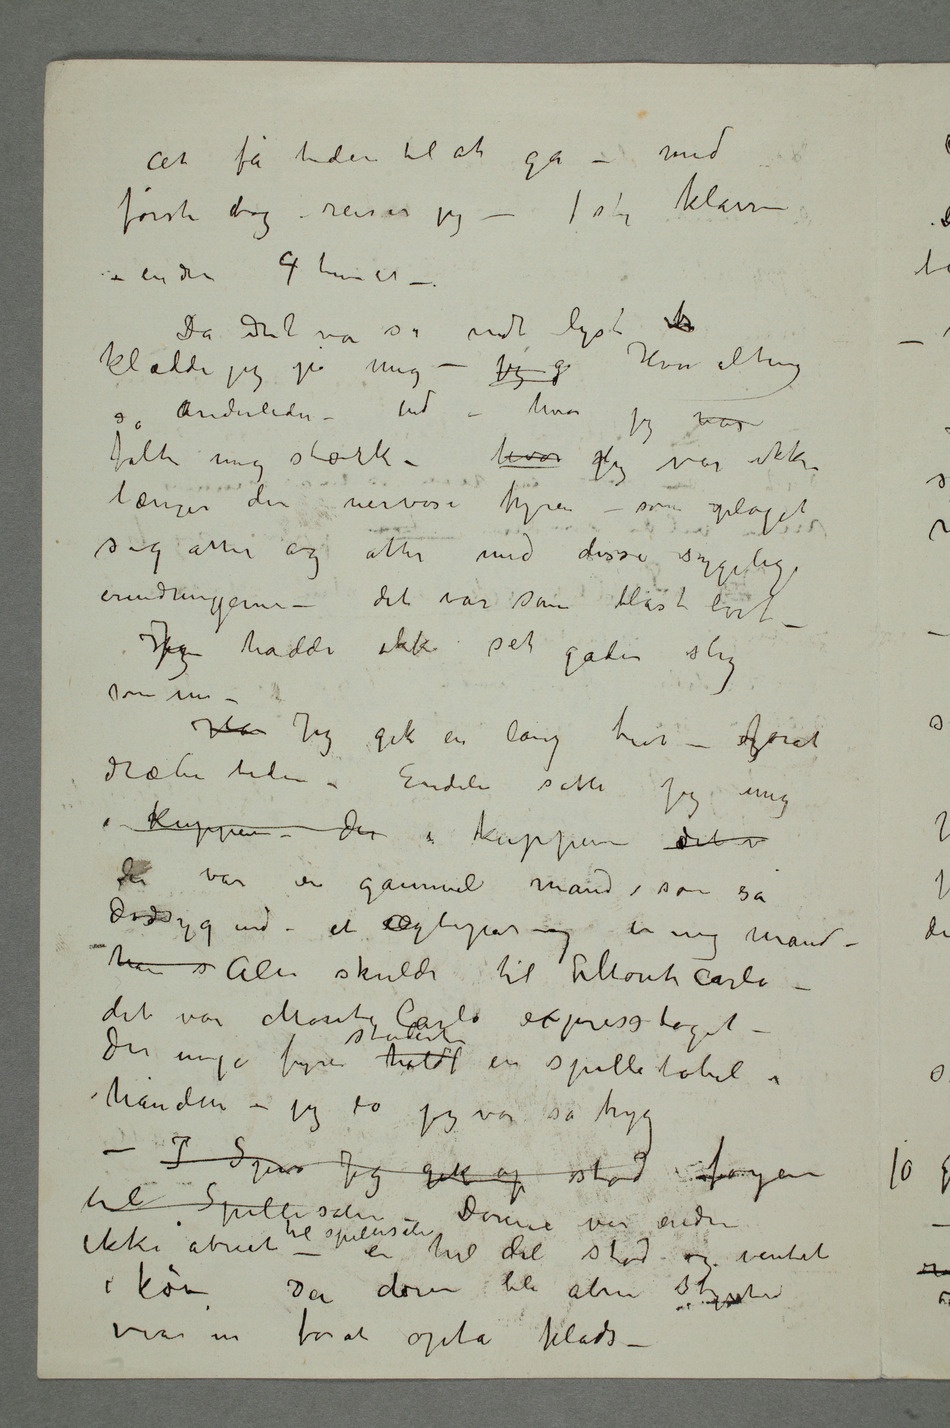
at få tiden til at gå – med
første tog – reiser jeg –1ste klasse
– endnu 4 timer
– Da det var så vidt lyst
klædde jeg på mig – Jeg g Hvor alting
så anderledes – ud – hvor
jeg var
følte mig stærk – hvor djeg var ikke
længer den nervøse fyren som plaget
sig atter og atter med disse sygelige
Han Jeg gik en lang tur – ogforat
dræbe tiden – Endeli satte jeg  mig
i kuppen – der i kuppeen det v
der var en gammel mand, som så
dødsyg ud – et eægtepar og en ung mand –
han s Alle skulde til Monte Carlo –
det var Monte Carlo expresstoget –
Den unge fyren holdt studerte en spilletabel i
hånden – jeg lo jeg var så tryg.
– I Spis Jeg gik op stod foyeren
til Spillesalen–
hel del stod og ventet
i kø – Da døren ble åbnet styrtet
man in forat opta plads –